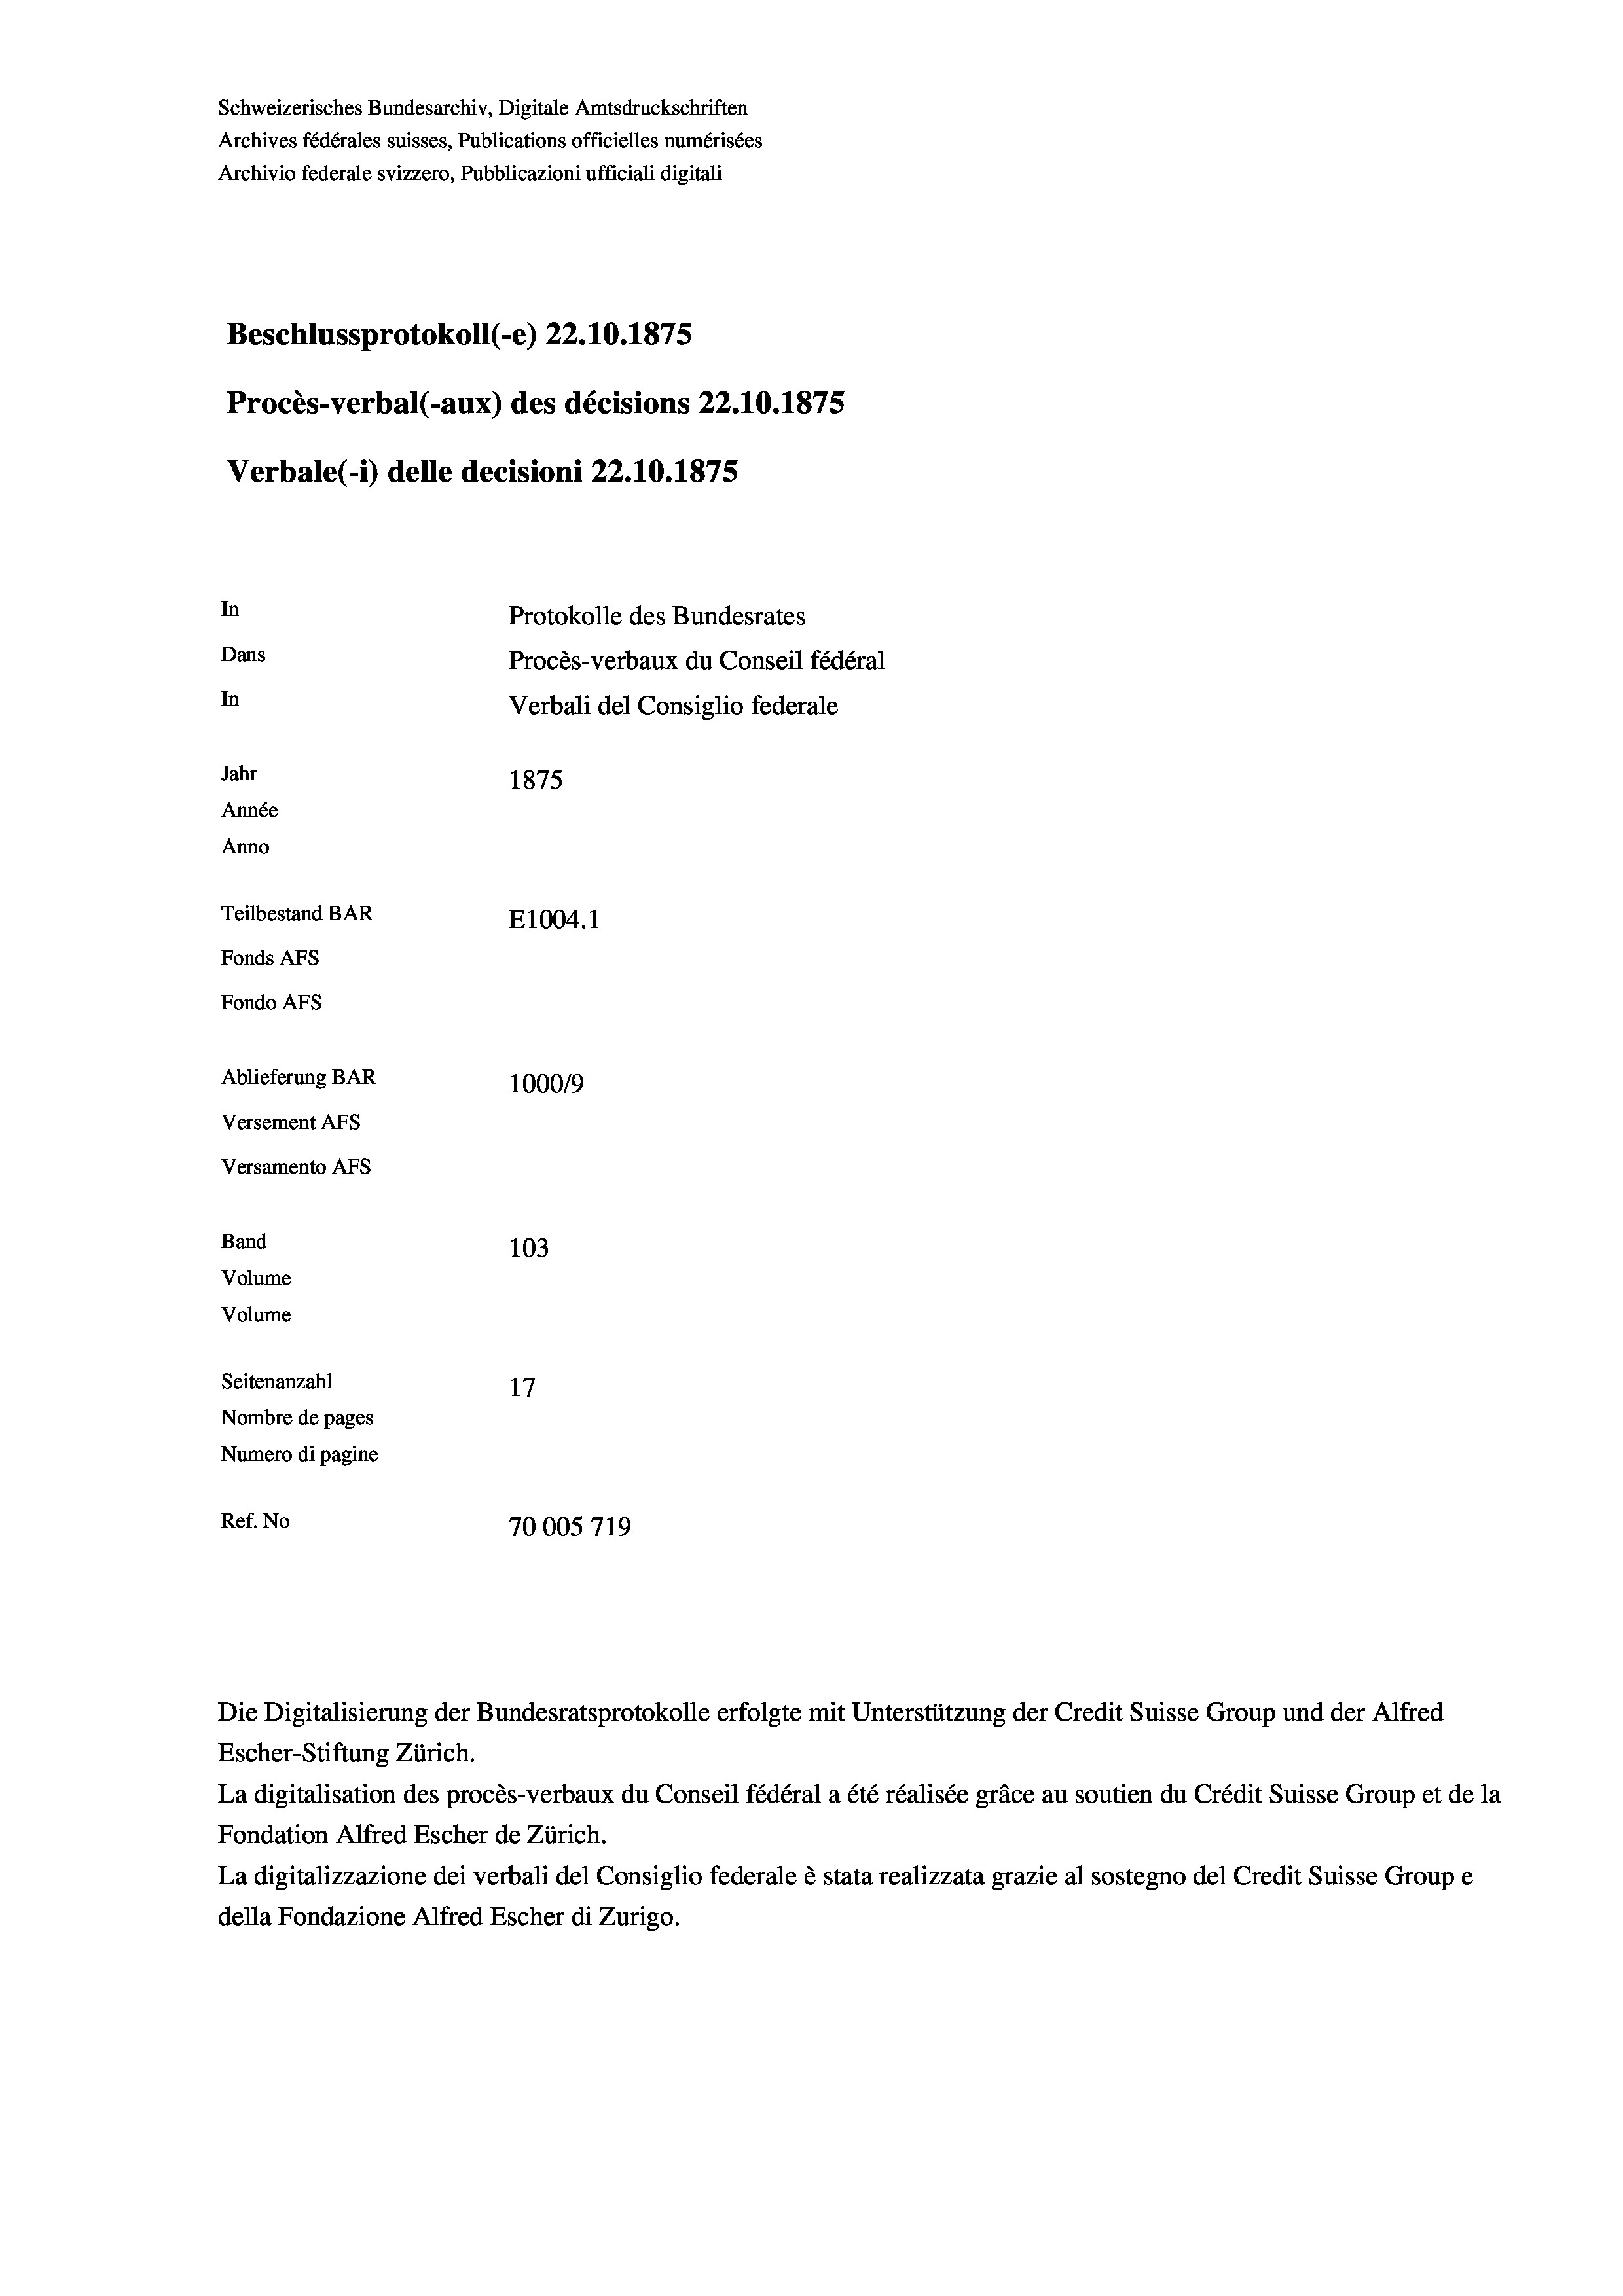
Schweizerisches Bundesarchiv, Digitale Amtsdruckschriften
Archives fédérales suisses, Publications officielles numérisées
Archivio federale svizzero, Pubblicazioni ufficiali digitali
Beschlussprotokoll (-e) 22.10.1875
Procès-verbal (-aux) des décisions 22.10.1875
Verbale (i) delle decisioni 22.10.1875
In
Protokolle des Bundesrates
Dans
Procès-verbaux du Conseil fédéral
In
Verbali del Consiglio federale
Jahr
1875
Année
Anno
Teilbestand BAR
E1004. 1
Fonds AFs
Fondo AFS
Ablieferung BAR
1000/9
Versement Abs

Versamento Afs
Band
Volume
Volume

103
Seitenanzahl
17
Nombre de pages
Numero di pagine
Ref. No
70005719

Escher-Stiftung Zürich.
La digitalisation des procès-verbaux du Conseil fédéral a été réalisée gräce au soutien du Crédit Suisse Group et de la
Fondation Alfred Escher de Zürich.
La digitalizzazione dei verbali del Consiglio federale è stata realizzata grazie al sostegno del Credit Suisse Groupe
della Fondazione Alfred Escher di Zurigo.

Die Digitalisierung der Bundesratsprotokolle erfolgte mit Unterstützung der Credit Suisse Group und der Alfred